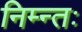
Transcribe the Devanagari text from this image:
निम्न्तः